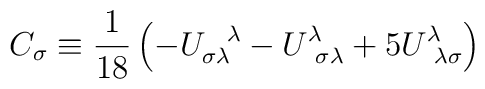
C_\sigma  \equiv \frac{1}{18} \left( - U_{\sigma \lambda }^{~~\lambda }- U^\lambda_{~\sigma \lambda } + 5 U^\lambda_{~\lambda \sigma }\right)